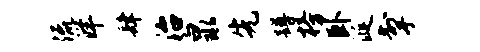
流洋肆治泉先蹲榜卧涎掣